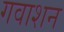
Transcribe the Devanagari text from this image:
गवाशन